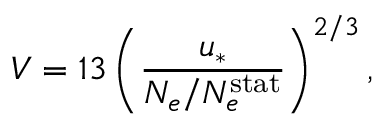
V = 1 3 \left( \frac { u _ { \ast } } { N _ { e } / N _ { e } ^ { \mathrm { s t a t } } } \right) ^ { 2 / 3 } ,